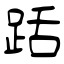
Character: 䟯